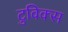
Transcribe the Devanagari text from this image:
टुविक्स